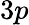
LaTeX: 3p